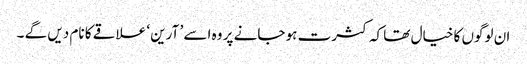
ان لوگوں کا خیال تھا کہ کثرت ہو جانے پر وہ اسے ’ آرین ‘ علاقے کا نام دیں گے ۔